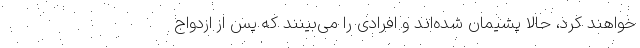
خواهند کرد، حالا پشیمان شده‌اند و افرادی را می‌بینند که پس از ازدواج